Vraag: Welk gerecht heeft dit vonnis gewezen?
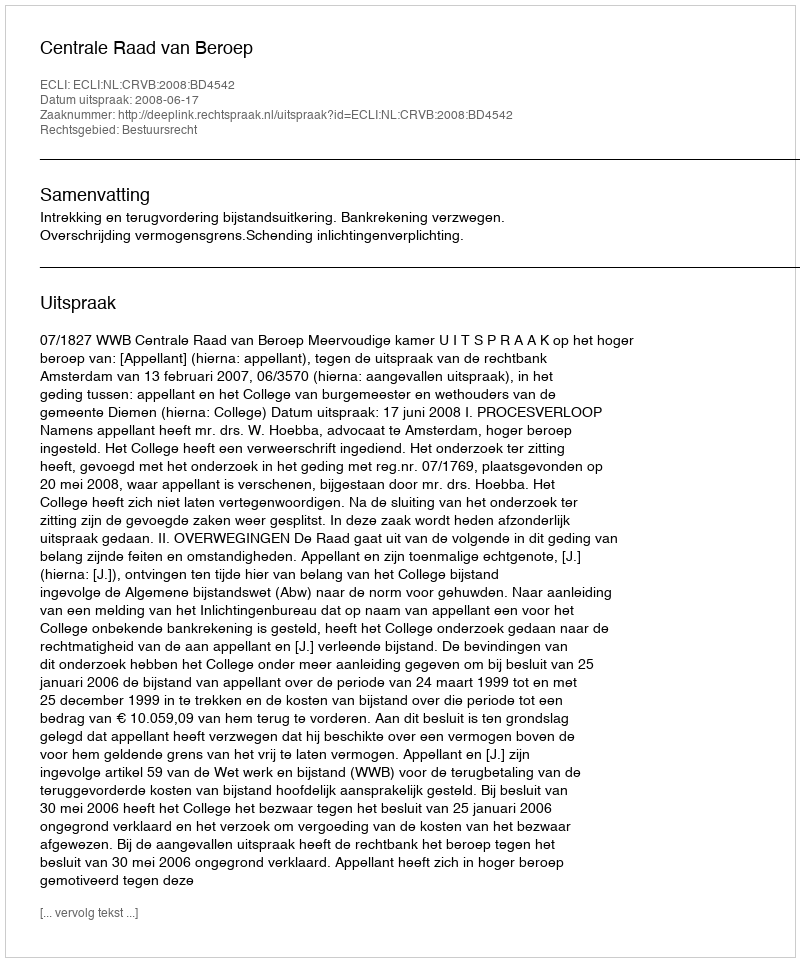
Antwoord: Centrale Raad van Beroep